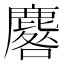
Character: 麔